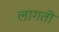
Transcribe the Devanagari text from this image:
लागती